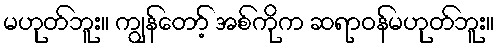
မဟုတ်ဘူး။ ကျွန်တော့် အစ်ကိုက ဆရာဝန်မဟုတ်ဘူး။